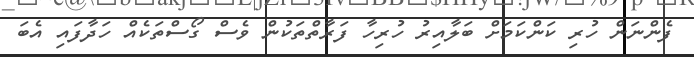
ފެންނަން ހުރި ކަންކަމަށް ބަލާއިރު ހުރިހާ ފަރާތްތަކުން ވެސް ގޯސްތަކެއް ހަދާފައި އެބަ